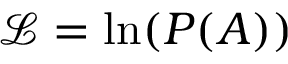
\mathcal { L } = \ln ( P ( A ) )